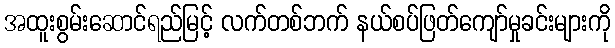
အထူးစွမ်းဆောင်ရည်မြင့် လက်တစ်ဘက် နယ်စပ်ဖြတ်ကျော်မှုခင်းများကို